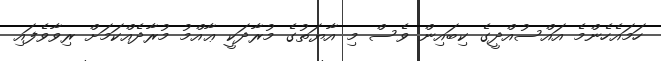
ހަމައެހެންމެ އައްސުއްދީގެ ކިބައިން ވެސް މި އާޔަތުގެ މުރާދަކީ ޢާއްމު މުރާދެއްކަމަށް ރިވާވެފައި